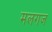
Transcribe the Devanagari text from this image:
मलगज